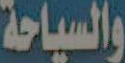
والسياحة